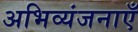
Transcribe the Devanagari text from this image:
अभिव्यंजनाएँ